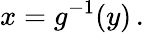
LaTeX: x=g^{-1}(y)\, .